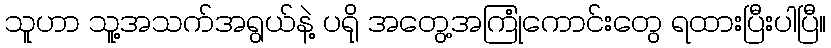
သူဟာ သူ့အသက်အရွယ်နဲ့ ပရို အတွေ့အကြုံကောင်းတွေ ရထားပြီးပါပြီ။